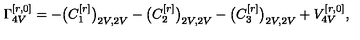
\Gamma _ { 4 V } ^ { [ r , 0 ] } = - \big ( C _ { 1 } ^ { [ r ] } \big ) _ { 2 V , 2 V } - \big ( C _ { 2 } ^ { [ r ] } \big ) _ { 2 V , 2 V } - \big ( C _ { 3 } ^ { [ r ] } \big ) _ { 2 V , 2 V } + V _ { 4 V } ^ { [ r , 0 ] } ,